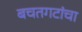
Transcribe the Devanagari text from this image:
बचतगटांचा